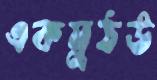
একমুঠউ